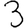
Digit: 3